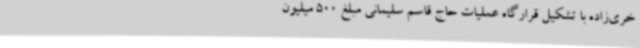
خری‌زاده با تشکیل قرارگاه عملیات حاج قاسم سلیمانی مبلغ 500 میلیون